Report on leprosy in the North-Western Provinces
Disease focus: Leprosy
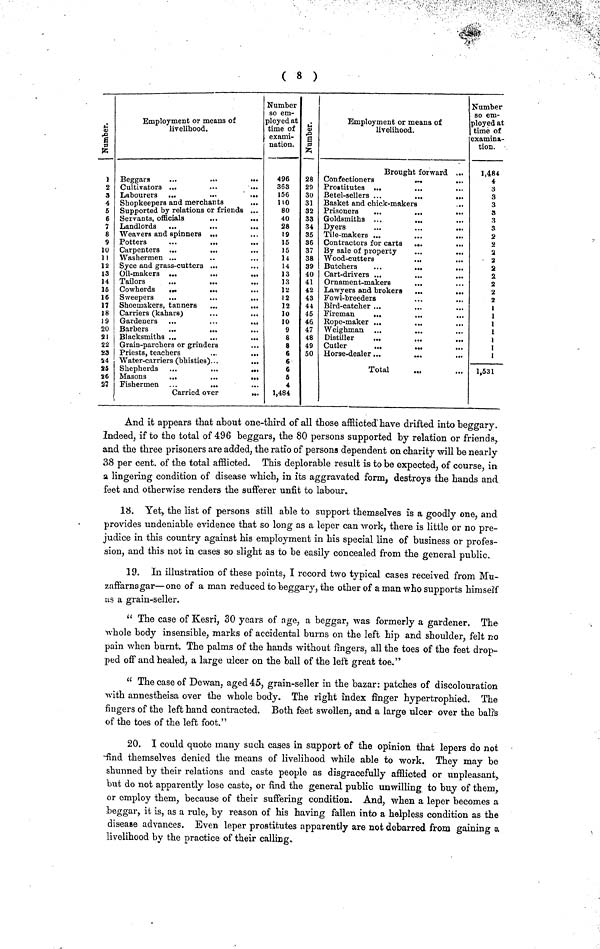
( 8 )
Numbers.
]
2
3
4
5
6
7
8
9
10
11
12
13
14
16
16
17
18
19
20
21
22
S3
S4
25
26
27
Employment or means of
livelihood.
Beggars
•••
•••
•••
Cultivators ...
•••
•••
Labourers ...
...
...
Shopkeepers and merchants
Supported by relations or friends ...
Servants, officials
...
...
Landlords ...
...
...
Weavers and spinners .<•
Potters
...
...
...
Carpenters ...
...
Washermen ...
Syce and grass-cutters ...
Oil-makers ...
...
...
Tailors
...
...
Cowherds
...
...
Sweepers
Shoemakers, tanners
...
...
Carriers (kahars)
...
...
Gardeners ...
...
...
Barbers
...
...
Blacksmiths ...
...
...
Grain-parchers or grinders
Priests, teachers
Water-carriers (bhisties)...
...
Shepherds ...
...
...
Masons
...
...
...
Fishermen ...
...
Carried over
...
Number
so em-
ployed at
time of
exami-
nation.
496
363
156
no 80
40
28
19
15
15
14
14
13
13
12
12
12
10
10
9
8
8
6
6
6
5i
4
1,484
Numbers.
28
29
30
31
32
33
34
35
36
37
38
39
40
41
42
43
44
45
46
47
48
49
50
Employment or means of
livelihood.
Brought forward ...
Confectioners
...
...
Prostitutes ...
Betel-sellers ...
...
...
Basket and chick-makers
Prisoners
...
...
...
Goldsmiths ...
...
Dyers
...
...
...
Tile-makers ...
...
..
Contractors for carts ...
..
By sale of property
...
..
Wood-cutters
Butchers
...
...
,.
Cart-drivers ...
Ornament-makers
Lawyers and brokers ...
,.
Fowl-breeders
Bird-catcher ...
Fireman
...
Rope-maker ...
Weighman ...
Distiller
...
...
.,
Cutler
Horse-dealer...
Total
Number
so em-
ployed at
time of
examina-
tion.
1,484
4
3
3
3
S
3
3
2
2
a
2
2
2.
2
2
2
1
1
1
1
1
1
1
,
1,531
And it appears that about one-tliird of all those afflicted have drifted into beggary.
Indeed, if to the total of 496 beggars, the 80 persons supported by relation or friends,
and the three prisoners are added, the ratio of persons dependent on charity will be nearly
3.8 per cent, of the total afflicted. This deplorable result is to be expected, of course, in
a lingering condition of disease which, in its aggravated form, destroys the hands and
feet and otherwise renders the sufferer unfit to labour.
18. Yet, the list of persons still able to support themselves is a goodly one, and
provides undeniable evidence that so long as a leper can work, there is little or no pre-
judice in this country against his employment in his special line of business or profes-
sion, and this not in cases so slight as to be easily concealed from the general public.
19. In illustration of these points, I record two typical cases received from Mu-
zaffarnagar—one of a man reduced to beggary, the other of a man who supports himself
as a grain-seller.
" The case of Kesri, 30 years of age, a beggar, was formerly a gardener. The
whole body insensible, marks of accidental burns on the left hip and shoulder, felt no
pain when burnt. The palms of the hands without fingers, all the toes of the feet drop-
ped off and healed, a large ulcer on the ball of the left great toe."
" The case of Dewan, aged 45, grain-seller in the bazar: patches of discolouration,
with annestheisa over the whole body. The right index finger hypertrophied. The
fingers of the left hand contracted. Both feet swollen, and a large ulcer over the balis
of the toes of the left foot."
20. I could quote many such cases in support of the opinion that lepers do not
find themselves denied the means of livelihood while able to work. They may be
shunned by their relations and caste people as disgracefully afflicted or unpleasant,
but do not apparently lose caste, or find the general public unwilling to buy of them,
or employ them, because of their suffering condition. And, when a leper becomes a
beggar, it is, as a rule, by reason of his having fallen into a helpless condition as the
disease advances. Even leper prostitutes apparently are not debarred from gaining s
livelihood by the practice of their calling.